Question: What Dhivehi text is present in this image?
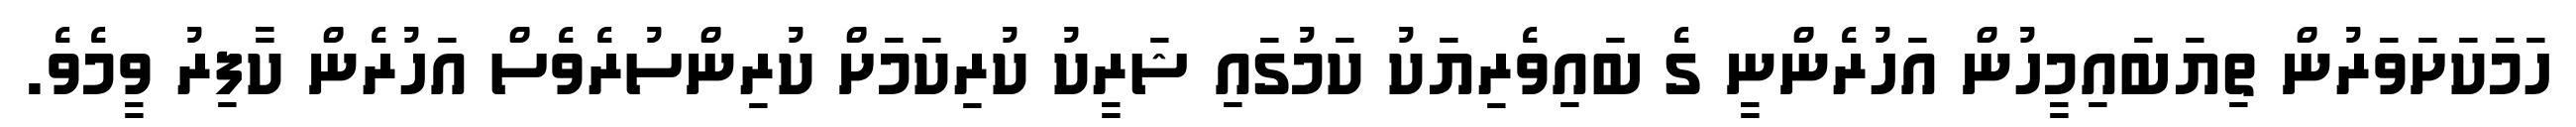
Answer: ހަމަކަށަވަރުން ތިޔަބައިމީހުން އަހުރެންނީ ގެ ބައިވެރިޔަކު ކަމުގައި ޝަރީކު ކުރިކަމަށް ކުރިންސުރެވެސް އަހުރެން ކާފިރު ވީމެވެ.